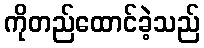
ကိုတည်ထောင်ခဲ့သည်